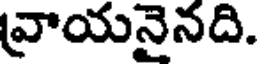
వ్రాయనైనది.